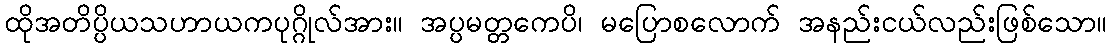
ထိုအတိပ္ပိယသဟာယကပုဂ္ဂိုလ်အား။ အပ္ပမတ္တကေပိ၊ မပြောစလောက် အနည်းငယ်လည်းဖြစ်သော။